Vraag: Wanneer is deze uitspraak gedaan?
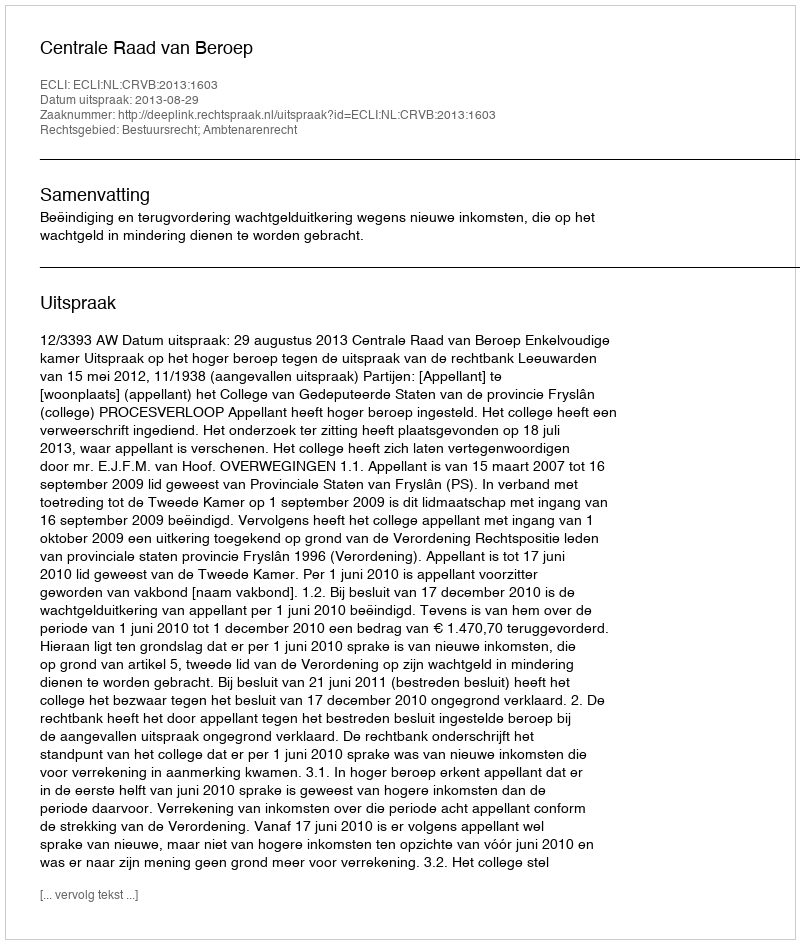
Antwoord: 2013-08-29